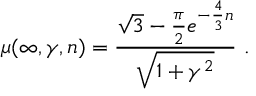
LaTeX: \mu ( \infty , \gamma , n ) = \frac { \sqrt { 3 } - \frac { \pi } { 2 } e ^ { - \frac { 4 } { 3 } n } } { \sqrt { 1 + \gamma ^ { 2 } } } \ .